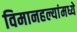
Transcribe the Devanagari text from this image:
विमानहल्यांमध्ये